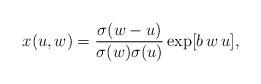
LaTeX: \begin{align*} x(u,w) = {\sigma(w-u) \over{\sigma(w) \sigma(u)}} \exp[b\,w\,u],\end{align*}